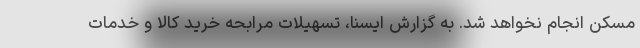
مسکن انجام نخواهد شد. به گزارش ایسنا، تسهیلات مرابحه خرید کالا و خدمات